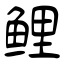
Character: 鲤